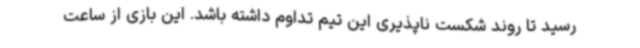
رسید تا روند شکست ناپذیری این تیم تداوم داشته باشد. این بازی از ساعت